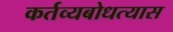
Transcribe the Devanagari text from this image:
कर्तव्यबोधत्यास